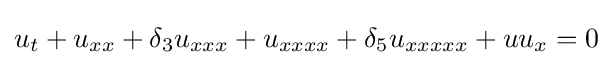
u_{t}+u_{xx}+\delta _{3}u_{xxx}+u_{xxxx}+\delta _{5}u_{xxxxx}+uu_{x}=0